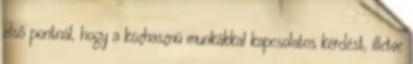
első pontnál, hogy a közhasznú munkákkal kapcsolatos kérdést, illetve